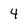
Character: 4